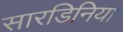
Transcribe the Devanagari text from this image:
सारडिनिया